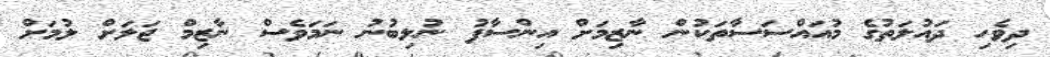
ދިވެހި ދައުލަތުގެ މުއައްސަސާތަކުން ނާޒިމަށް އިންސާފު ނުލިބުނު ނަމަވެސް ނާޒިމް ޖަލަށް ލުމަށް